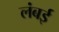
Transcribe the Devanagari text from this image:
लंबई